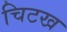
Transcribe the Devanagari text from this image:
चिटख